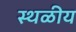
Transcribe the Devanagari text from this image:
स्थळीय